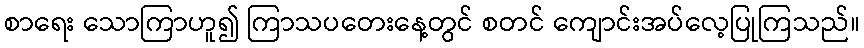
စာရေး သောကြာဟူ၍ ကြာသပတေးနေ့တွင် စတင် ကျောင်းအပ်လေ့ပြုကြသည်။